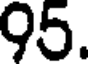
95.